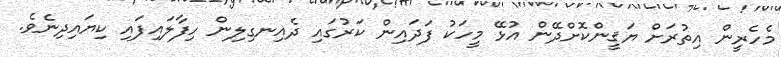
މެހެރީން އިތުރަށް ޔަޤީންކޮށްދޭން އުޅޭ މީހަކު ފަދައިން ކަރުގައި ދެއިނގިލިން ހިފާލައިފައި ކިޔައިދިނެވެ.